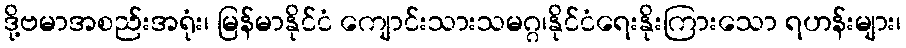
ဒို့ဗမာအစည်းအရုံး၊ မြန်မာနိုင်ငံ ကျောင်းသားသမဂ္ဂ၊နိုင်ငံရေးနိုးကြားသော ရဟန်းများ၊